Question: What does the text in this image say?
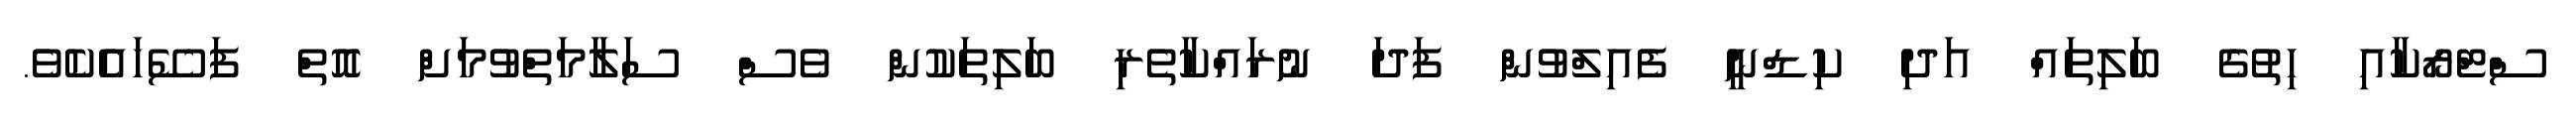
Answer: ސްޓްރޯކާއި ހިތުގެ ބަލިތައް އަދި ކިޑްނީ ފެއިލްވުން ފަދަ ނުރައްކާތެރި ބަލިތަކުން ވެސް ސަލާމަތްވުމަށް އޮތް ފަސޭހައެކެވެ.